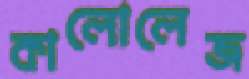
কালোলেজ